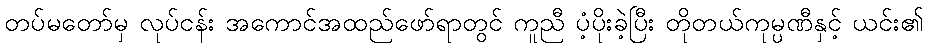
တပ်မတော်မှ လုပ်ငန်း အကောင်အထည်ဖော်ရာတွင် ကူညီ ပံ့ပိုးခဲ့ပြီး တိုတယ်ကုမ္ပဏီနှင့် ယင်း၏